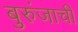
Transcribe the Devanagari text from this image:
बुरुंजाची